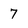
Character: 7